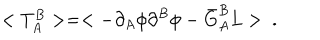
< T _ { A } ^ { B } > = < - \partial _ { A } \phi \partial ^ { B } \phi - \bar { G } _ { A } ^ { B } L > \ .